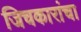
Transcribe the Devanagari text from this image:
जिचकारांचा